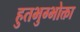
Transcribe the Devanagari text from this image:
हुतभुग्भोक्ता